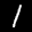
Label: 1